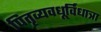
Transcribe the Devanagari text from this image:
पितृव्यवधूर्विधात्रा